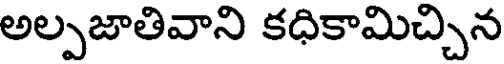
అల్పజాతివాని కధికామిచ్చిన